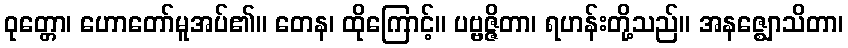
ဝုတ္တော၊ ဟောတော်မူအပ်၏။ တေန၊ ထိုကြောင့်။ ပဗ္ဗဇ္ဇိတာ၊ ရဟန်းတို့သည်။ အနဇ္ဈောသိတာ၊